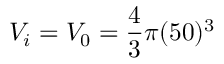
V _ { i } = V _ { 0 } = \frac { 4 } { 3 } \pi ( 5 0 ) ^ { 3 }